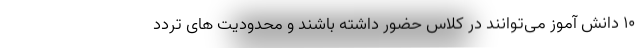
۱۰ دانش آموز می‌توانند در کلاس حضور داشته باشند و محدودیت های تردد